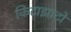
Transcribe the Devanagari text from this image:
किटाझाटो